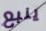
ينبع